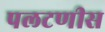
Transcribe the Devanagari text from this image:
पलटणीस